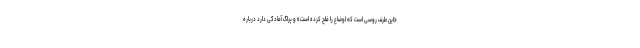
«این طرف روسی است که اوضاع را فلج کرده است» و پراگ آمادگی دارد درباره